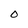
Character: 0